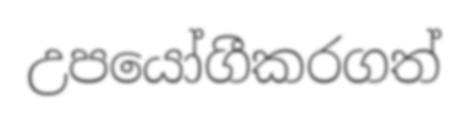
උපයෝගීකරගත්